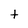
Character: t